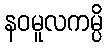
နဝမူလကမ္ပိ